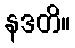
နဒတိ။